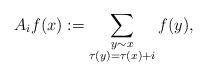
LaTeX: \begin{align*} A_if(x):=\sum_{\substack{y\sim x\\\tau(y)=\tau(x)+i}}f(y), \end{align*}